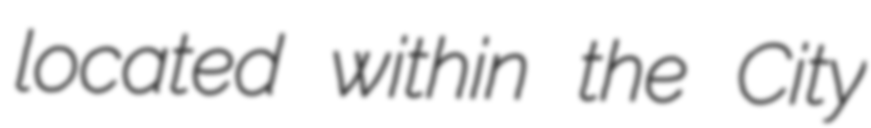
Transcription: located within the City